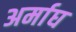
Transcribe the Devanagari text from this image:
अर्माघ